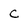
Character: C